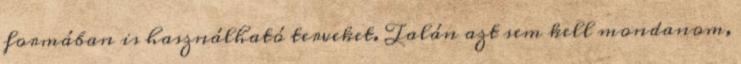
formában is használható terveket. Talán azt sem kell mondanom,